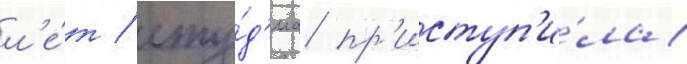
л'е́т / сту́д'иа пр'иступ'и́ла